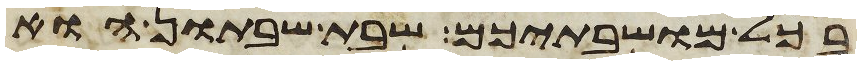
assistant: בכל מושבתיכם שבת שבתון הוא